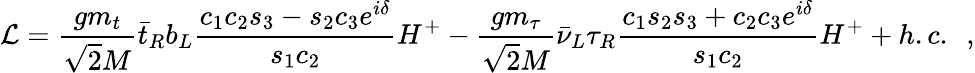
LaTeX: {\cal L}=\frac{gm_{t}}{\sqrt{2}M}{\bar{t}}_{R}b_{L}\frac{c_{1}c_{2}s_{3}-s_{2}c_{3}e^{i\delta}}{s_{1}c_{2}}H^{+}-\frac{gm_{\tau}}{\sqrt{2}M}{\bar{\nu}}_{L}\tau_{R}\frac{c_{1}s_{2}s_{3}+c_{2}c_{3}e^{i\delta}}{s_{1}c_{2}}H^{+}+h.c.~~,